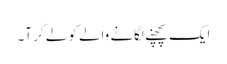
ایک پچھنے لگانے والے کو لے کر آ۔